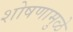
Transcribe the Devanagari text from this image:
शोषणामुळे